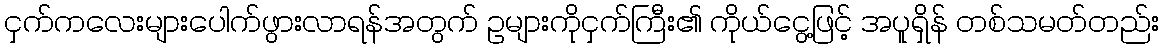
ငှက်ကလေးများပေါက်ဖွားလာရန်အတွက် ဥများကိုငှက်ကြီး၏ ကိုယ်ငွေ့ဖြင့် အပူရှိန် တစ်သမတ်တည်း